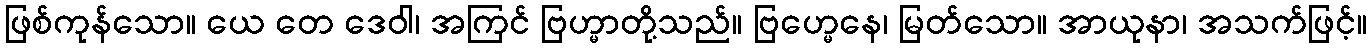
ဖြစ်ကုန်သော။ ယေ တေ ဒေဝါ၊ အကြင် ဗြဟ္မာတို့သည်။ ဗြဟ္မေနေ၊ မြတ်သော။ အာယုနာ၊ အသက်ဖြင့်။